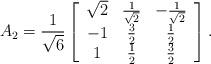
LaTeX: \begin{align*}A_2 = \frac{1}{\sqrt{6}} \left[\begin{array}{ccc} \sqrt{2} & \frac{1}{\sqrt{2}} & -\frac{1}{\sqrt{2}} \\ -1 & \frac{3}{2} & \frac{1}{2} \\ 1 & \frac{1}{2} & \frac{3}{2} \\\end{array}\right].\end{align*}